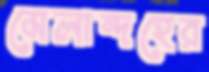
মেলান্দহের